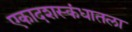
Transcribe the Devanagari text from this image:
एकादशस्‍कंधातला